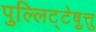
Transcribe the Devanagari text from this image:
पुल्लिट्टेष़ुत्तु